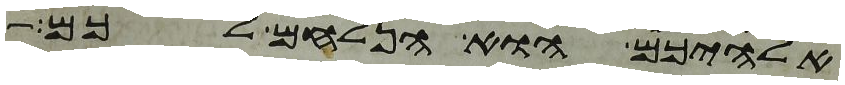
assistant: אלהיכם הוא הנלחם לכם